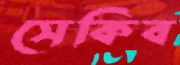
সেকিব